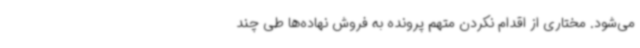
می‌شود. مختاری از اقدام نکردن متهم پرونده به فروش نهاده‌ها طی چند